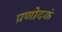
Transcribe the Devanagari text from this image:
प्रणोदकं